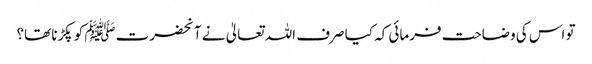
تو اس کی وضاحت فرمائی کہ کیا صرف اللہ تعالیٰ نے آنحضرتﷺ کو پکڑنا تھا؟